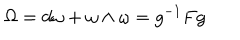
LaTeX: \Omega = d \omega + \omega \wedge \omega = g ^ { - 1 } F g